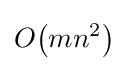
O{\mathord {\left(mn^{2}\right)}}